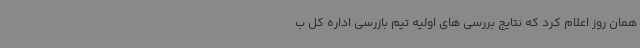
همان روز اعلام کرد که نتایج بررسی های اولیه تیم بازرسی اداره کل ب